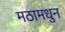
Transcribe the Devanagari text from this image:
मठामधुन